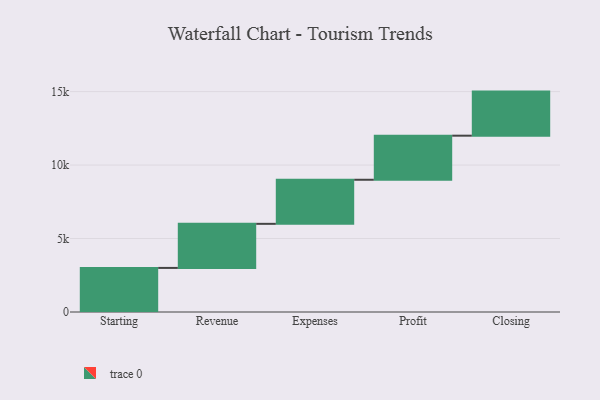
{"axis": {"x": "Step", "y": "Value"}, "legend": [""], "data": [{"x": "Starting", "y": 3000, "type": ""}, {"x": "Revenue", "y": 3000, "type": ""}, {"x": "Expenses", "y": 3000, "type": ""}, {"x": "Profit", "y": 3000, "type": ""}, {"x": "Closing", "y": 3000, "type": ""}]}